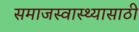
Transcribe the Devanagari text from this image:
समाजस्वास्थ्यासाठी